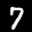
Label: 7